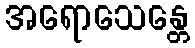
အရောသေန္တေ